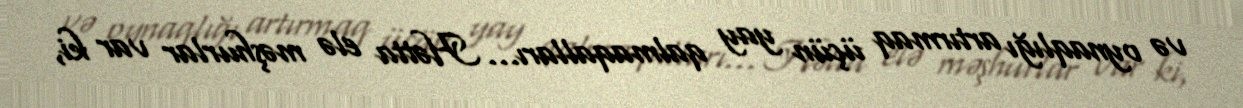
və oynaqlığı artırmaq üçün yay qalmaqalları… Hətta elə məşhurlar var ki,